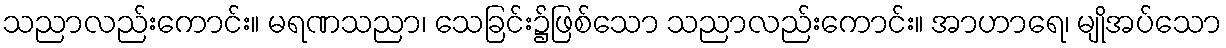
သညာလည်းကောင်း။ မရဏသညာ၊ သေခြင်း၌ဖြစ်သော သညာလည်းကောင်း။ အာဟာရေ၊ မျိုအပ်သော